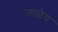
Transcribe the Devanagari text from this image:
जाळेच